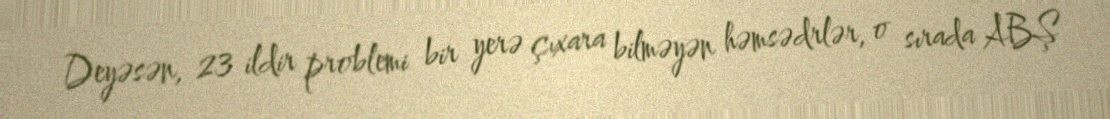
Deyəsən, 23 ildir problemi bir yerə çıxara bilməyən həmsədrlər, o sırada ABŞ